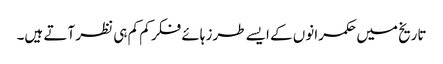
تاریخ میں حکمرانوں کے ایسے طرز ہائے فکر کم کم ہی نظر آتے ہیں۔